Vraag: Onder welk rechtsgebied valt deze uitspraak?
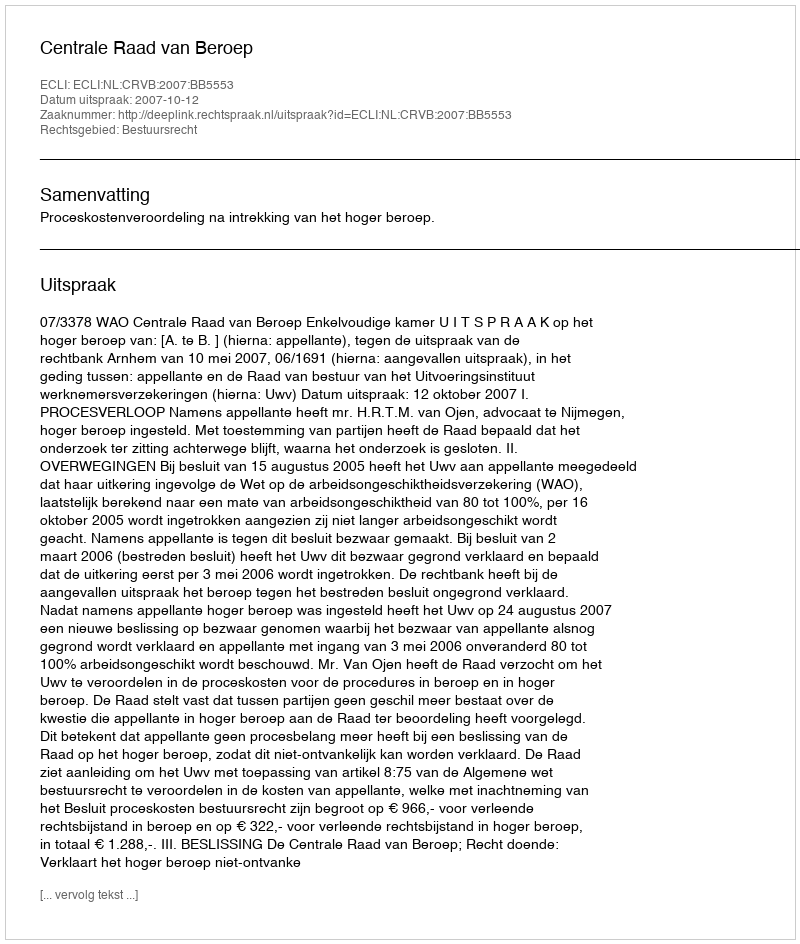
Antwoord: Bestuursrecht